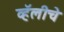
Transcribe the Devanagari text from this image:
व्हॅलीचे